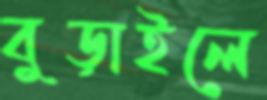
বুড়াইলে